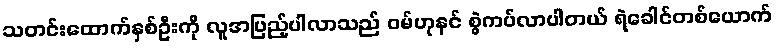
သတင်းထောက်နှစ်ဦးကို လူအပြည့်ပါလာသည် ဝမ်ဟုနင် စွဲကပ်လာပါတယ် ရဲခေါင်တစ်ယောက်